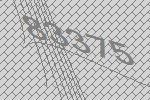
83375